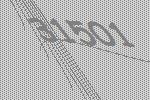
31501